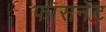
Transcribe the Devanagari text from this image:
फासनेट